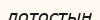
лотостың